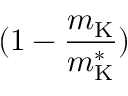
( 1 - \frac { m _ { \mathrm { K } } } { m _ { \mathrm { K } } ^ { * } } )